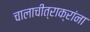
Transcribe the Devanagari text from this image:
चालाचीत्राक्रांना